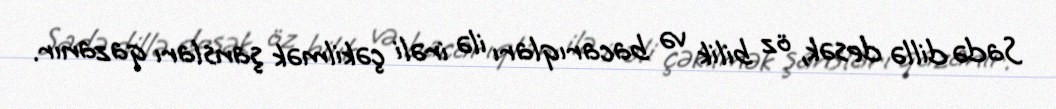
Sadə dillə desək, öz bilik və bacarıqları ilə irəli çəkilmək şansları qazanır.